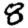
Digit: 8